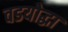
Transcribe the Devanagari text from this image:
वडयोद्धा